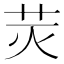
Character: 𰰬